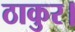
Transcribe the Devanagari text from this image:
ठाकुर।